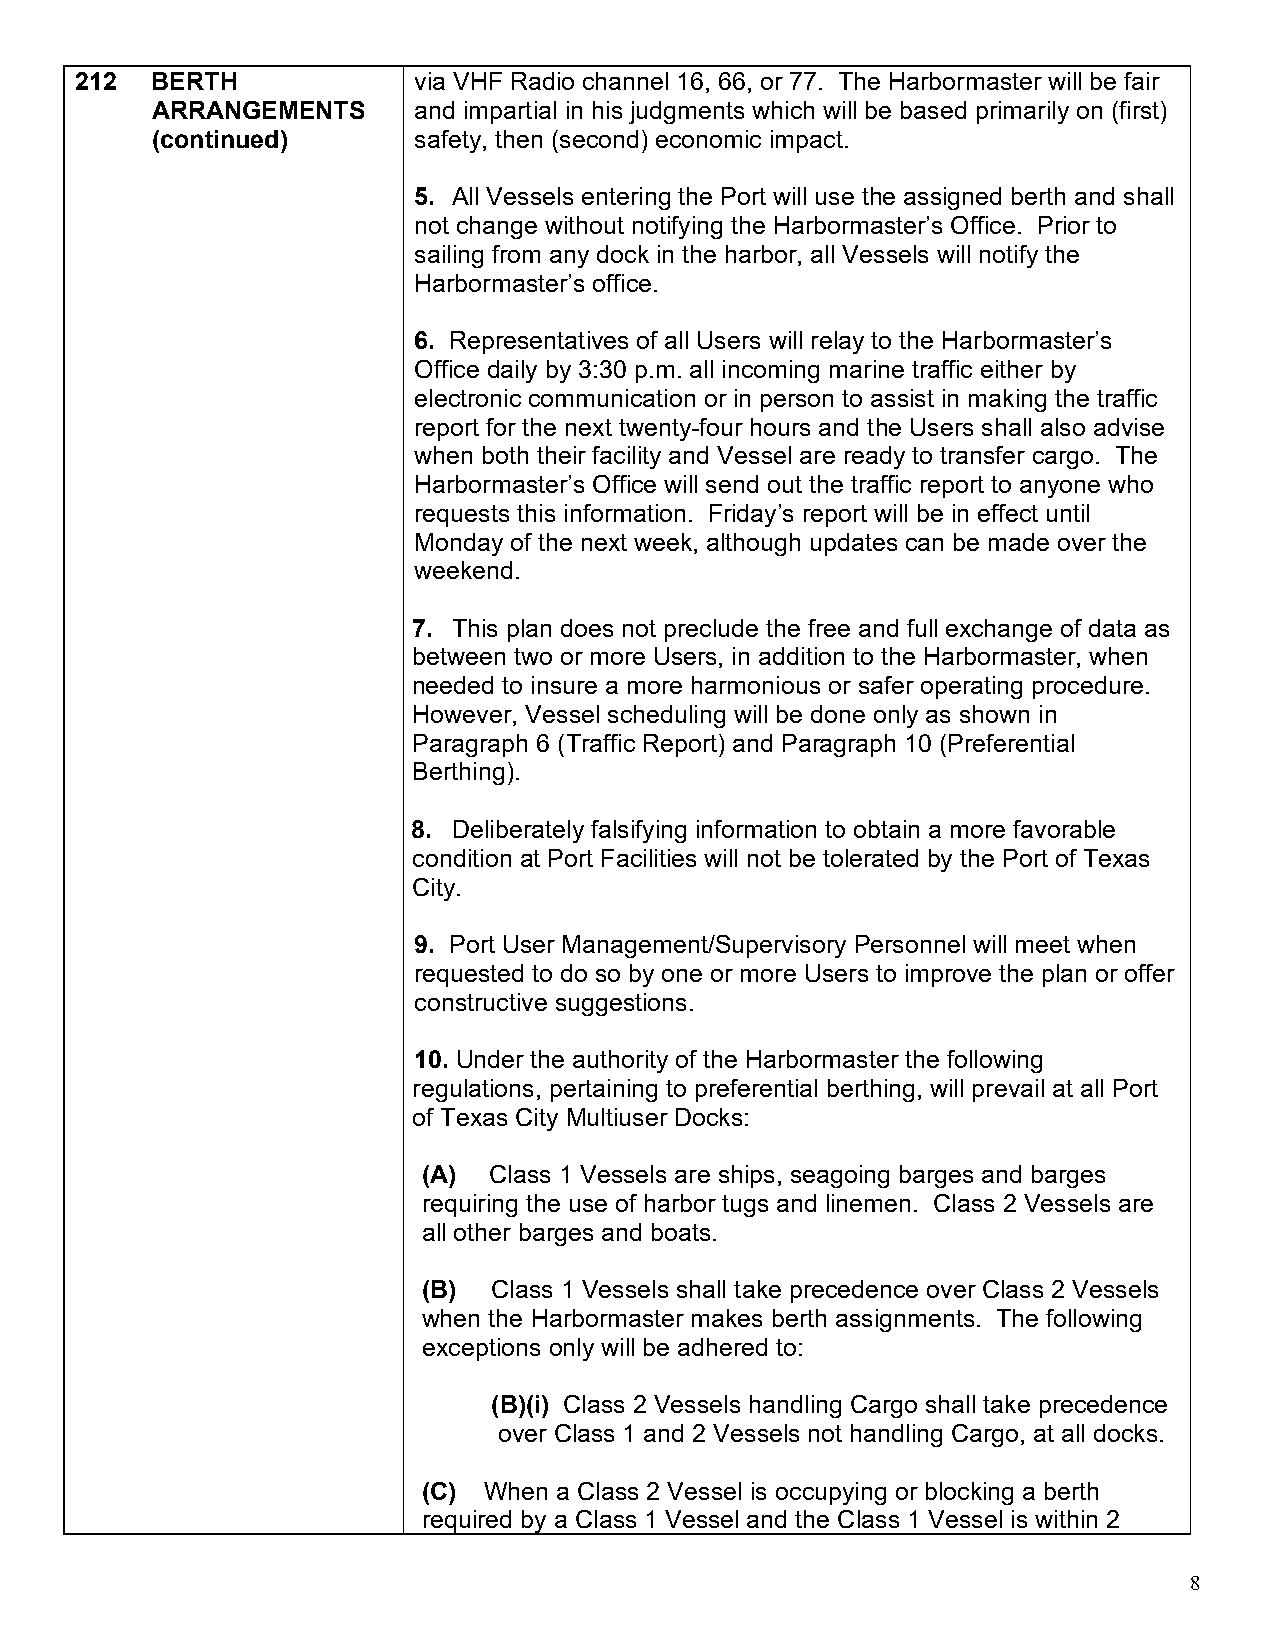
212  BERTH            via VHF Radio channel 16, 66, or 77. The Harbormaster will be fair
 ARRANGEMENTS     and impartial in his judgments which will be based primarily on (first)
 (continued)      safety, then (second) economic impact.
 5. All Vessels entering the Port will use the assigned berth and shall
 not change without notifying the Harbormaster’s Office. Prior to
 sailing from any dock in the harbor, all Vessels will notify the
 Harbormaster’s office.
 6. Representatives of all Users will relay to the Harbormaster’s
 Office daily by 3:30 p.m. all incoming marine traffic either by
 electronic communication or in person to assist in making the traffic
 report for the next twenty-four hours and the Users shall also advise
 when both their facility and Vessel are ready to transfer cargo. The
 Harbormaster’s Office will send out the traffic report to anyone who
 requests this information. Friday’s report will be in effect until
 Monday of the next week, although updates can be made over the
 weekend.
 7. This plan does not preclude the free and full exchange of data as
 between two or more Users, in addition to the Harbormaster, when
 needed to insure a more harmonious or safer operating procedure.
 However, Vessel scheduling will be done only as shown in
 Paragraph 6 (Traffic Report) and Paragraph 10 (Preferential
 Berthing).
 8. Deliberately falsifying information to obtain a more favorable
 condition at Port Facilities will not be tolerated by the Port of Texas
 City.
 9. Port User Management/Supervisory Personnel will meet when
 requested to do so by one or more Users to improve the plan or offer
 constructive suggestions.
 10. Under the authority of the Harbormaster the following
 regulations, pertaining to preferential berthing, will prevail at all Port
 of Texas City Multiuser Docks:
 (A) Class 1 Vessels are ships, seagoing barges and barges
 requiring the use of harbor tugs and linemen. Class 2 Vessels are
 all other barges and boats.
 (B)  Class 1 Vessels shall take precedence over Class 2 Vessels
 when the Harbormaster makes berth assignments. The following
 exceptions only will be adhered to:
 (B)(i) Class 2 Vessels handling Cargo shall take precedence
 over Class 1 and 2 Vessels not handling Cargo, at all docks.
 (C) When a Class 2 Vessel is occupying or blocking a berth
 required by a Class 1 Vessel and the Class 1 Vessel is within 2
 8